Malaria in the Andamans - Number 56
Disease focus: Malaria
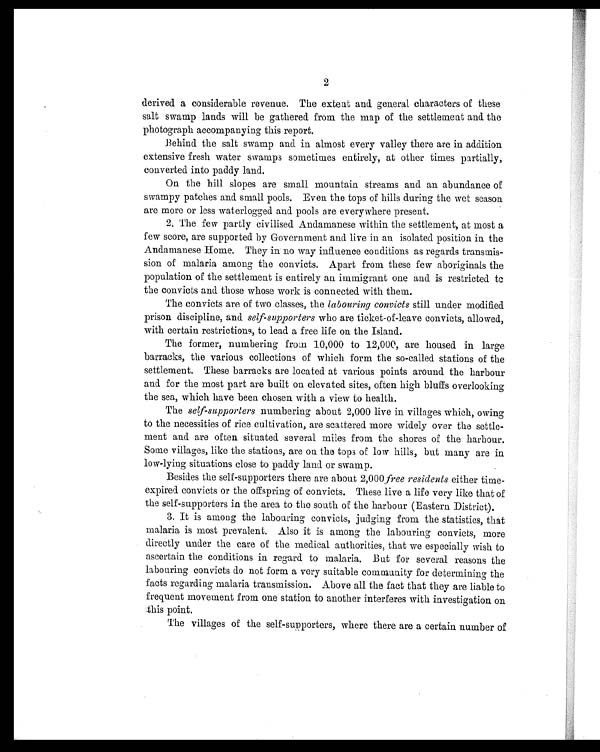
2
derived a considerable revenue. The extent and general characters of these
salt swamp lands will be gathered from the map of the settlement and the
photograph accompanying this report.
Behind the salt swamp and in almost every valley there are in addition
extensive fresh water swamps sometimes entirely, at other times partially,
converted into paddy land.
On the hill slopes are small mountain streams and an abundance of
swampy patches and small pools. Even the tops of hills during the wet season
are more or less waterlogged and pools are everywhere present.
2. The few partly civilised Andamanese within the settlement, at most a
few score, are supported by Government and live in an isolated position in the
Andamanese Home. They in no way influence conditions as regards transmis-
sion of malaria among the convicts. Apart from these few aboriginals the
population of the settlement is entirely an immigrant one and is restricted to
the convicts and those whose work is connected with them.
The convicts are of two classes, the labouring convicts still under modified
prison discipline, and self-supporters who are ticket-of-leave convicts, allowed,
with certain restrictions, to lead a free life on the Island.
The former, numbering from 10,000 to 12,000, are housed in large
barracks, the various collections of which form the so-called stations of the
settlement. These barracks are located at various points around the harbour
and for the most part are built on elevated sites, often high bluffs overlooking
the sea, which have been chosen with a view to health.
The self-supporters numbering about 2,000 live in villages which, owing
to the necessities of rice cultivation, are scattered more widely over the settle-
ment and are often situated several miles from the shores of the harbour.
Some villages, like the stations, are on the tops of low hills, but many are in
low-lying situations close to paddy land or swamp.
Besides the self-supporters there are about 2,000, free residents either time-
expired convicts or the offspring of convicts. These live a life very like that of
the self-supporters in the area to the south of the harbour (Eastern District).
3. It is among the labouring convicts, judging from the statistics, that
malaria is most prevalent. Also it is among the labouring convicts, more
directly under the care of the medical authorities, that we especially wish to
ascertain the conditions in regard to malaria. But for several reasons the
labouring convicts do not form a very suitable community for determining the
facts regarding malaria transmission. Above all the fact that they are liable to
frequent movement from one station to another interferes with investigation on
this point.
The villages of the self-supporters, where there are a certain number of